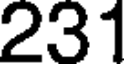
231